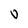
Character: U